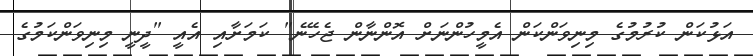
އަޅުކަން ކުރުމުގެ މިނިވަންކަން އެމީހުންނަށް އޮންނާން ޖެހޭނެ" ކަމަށާއި އެއީ "ދީނީ މިނިވަންކަމުގެ